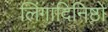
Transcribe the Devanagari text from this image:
लिंगादिनिष्ठो